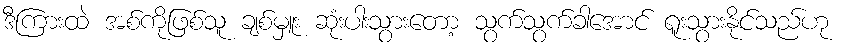
ဒီကြားထဲ အစ်ကိုဖြစ်သူ ချစ်မှူး ဆုံးပါးသွားတော့ သွက်သွက်ခါအောင် ရူးသွားနိုင်သည်ဟု